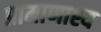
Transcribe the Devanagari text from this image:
प्रामाणाश्य